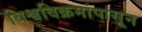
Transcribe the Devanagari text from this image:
विश्वविक्रमांपासून